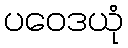
ပဝေဒယုံ